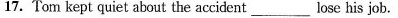
17. Tom kept quiet about the accident ___ lose his job.